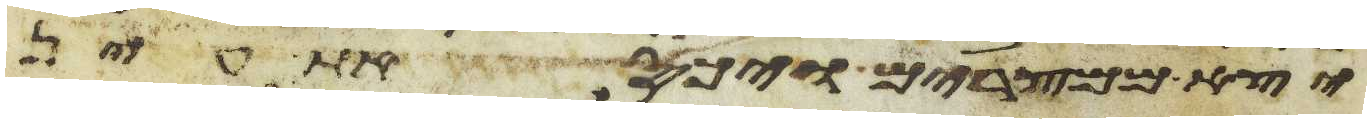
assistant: יצא ממצרים ויכס את עין